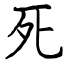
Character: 死